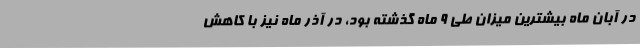
در آبان ماه بیشترین میزان طی 9 ماه گذشته بود، در آذر ماه نیز با کاهش